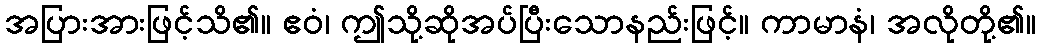
အပြားအားဖြင့်သိ၏။ ဧဝံ၊ ဤသို့ဆိုအပ်ပြီးသောနည်းဖြင့်။ ကာမာနံ၊ အလိုတို့၏။